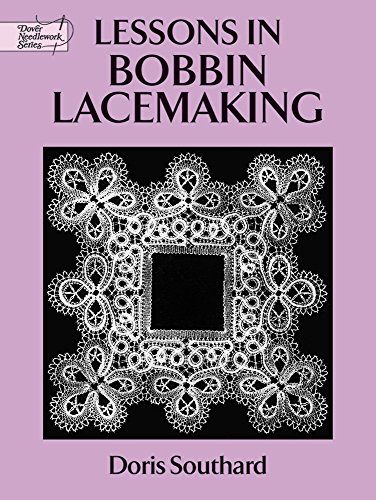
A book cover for Lessons in Bobbin Lacemaking (Dover Knitting, Crochet, Tatting, Lace); Doris Southard; Crafts, Hobbies & Home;